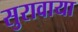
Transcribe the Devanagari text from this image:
सुरावाया